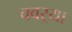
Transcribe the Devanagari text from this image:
चवऱ्या